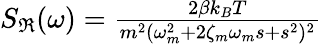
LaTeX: \begin{array}{r}{S_{\Re}(\omega)=\frac{2\beta k_{B}T}{m^{2}(\omega_{m}^{2}+2\zeta_{m}\omega_{m}s+s^{2})^{2}}}\end{array}